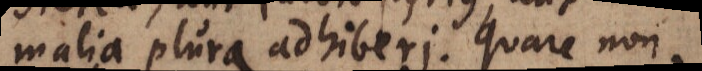
malia plura adhiberi. Quare non,